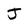
Character: J